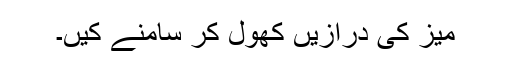
میز کی درازیں کھول کر سامنے کیں۔